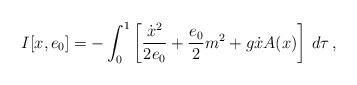
LaTeX: \begin{align*}I[x,e_{0}]=-\int_{0}^{1}\left[\frac{\dot{x}^{2}}{2e_{0}}+\frac{e_{0}}{2}m^{2}+g\dot{x}A(x)\right]\, d\tau\,,\end{align*}